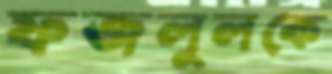
ফজলুলকে